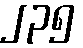
၂၃၅